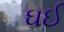
ઘઈ